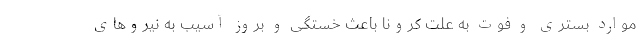
موارد بستری و فوت به علت کرونا باعث خستگی و بروز آسیب‌ به نیروهای